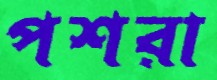
পশরা